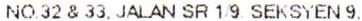
NO.32 & 33,JALAN SR 1/9. SEKSYEN 9.